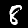
Digit: 8